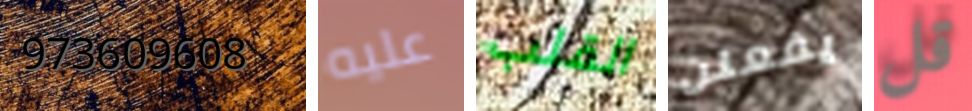
973609608 عليه القلب يفعلن قل